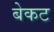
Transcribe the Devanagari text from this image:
बेकट